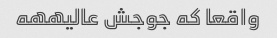
واقعا که جوجش عالیههه